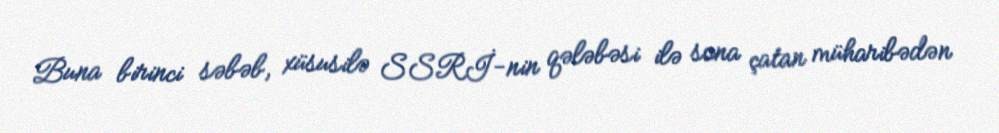
Buna birinci səbəb, xüsusilə SSRİ-nin qələbəsi ilə sona çatan müharibədən